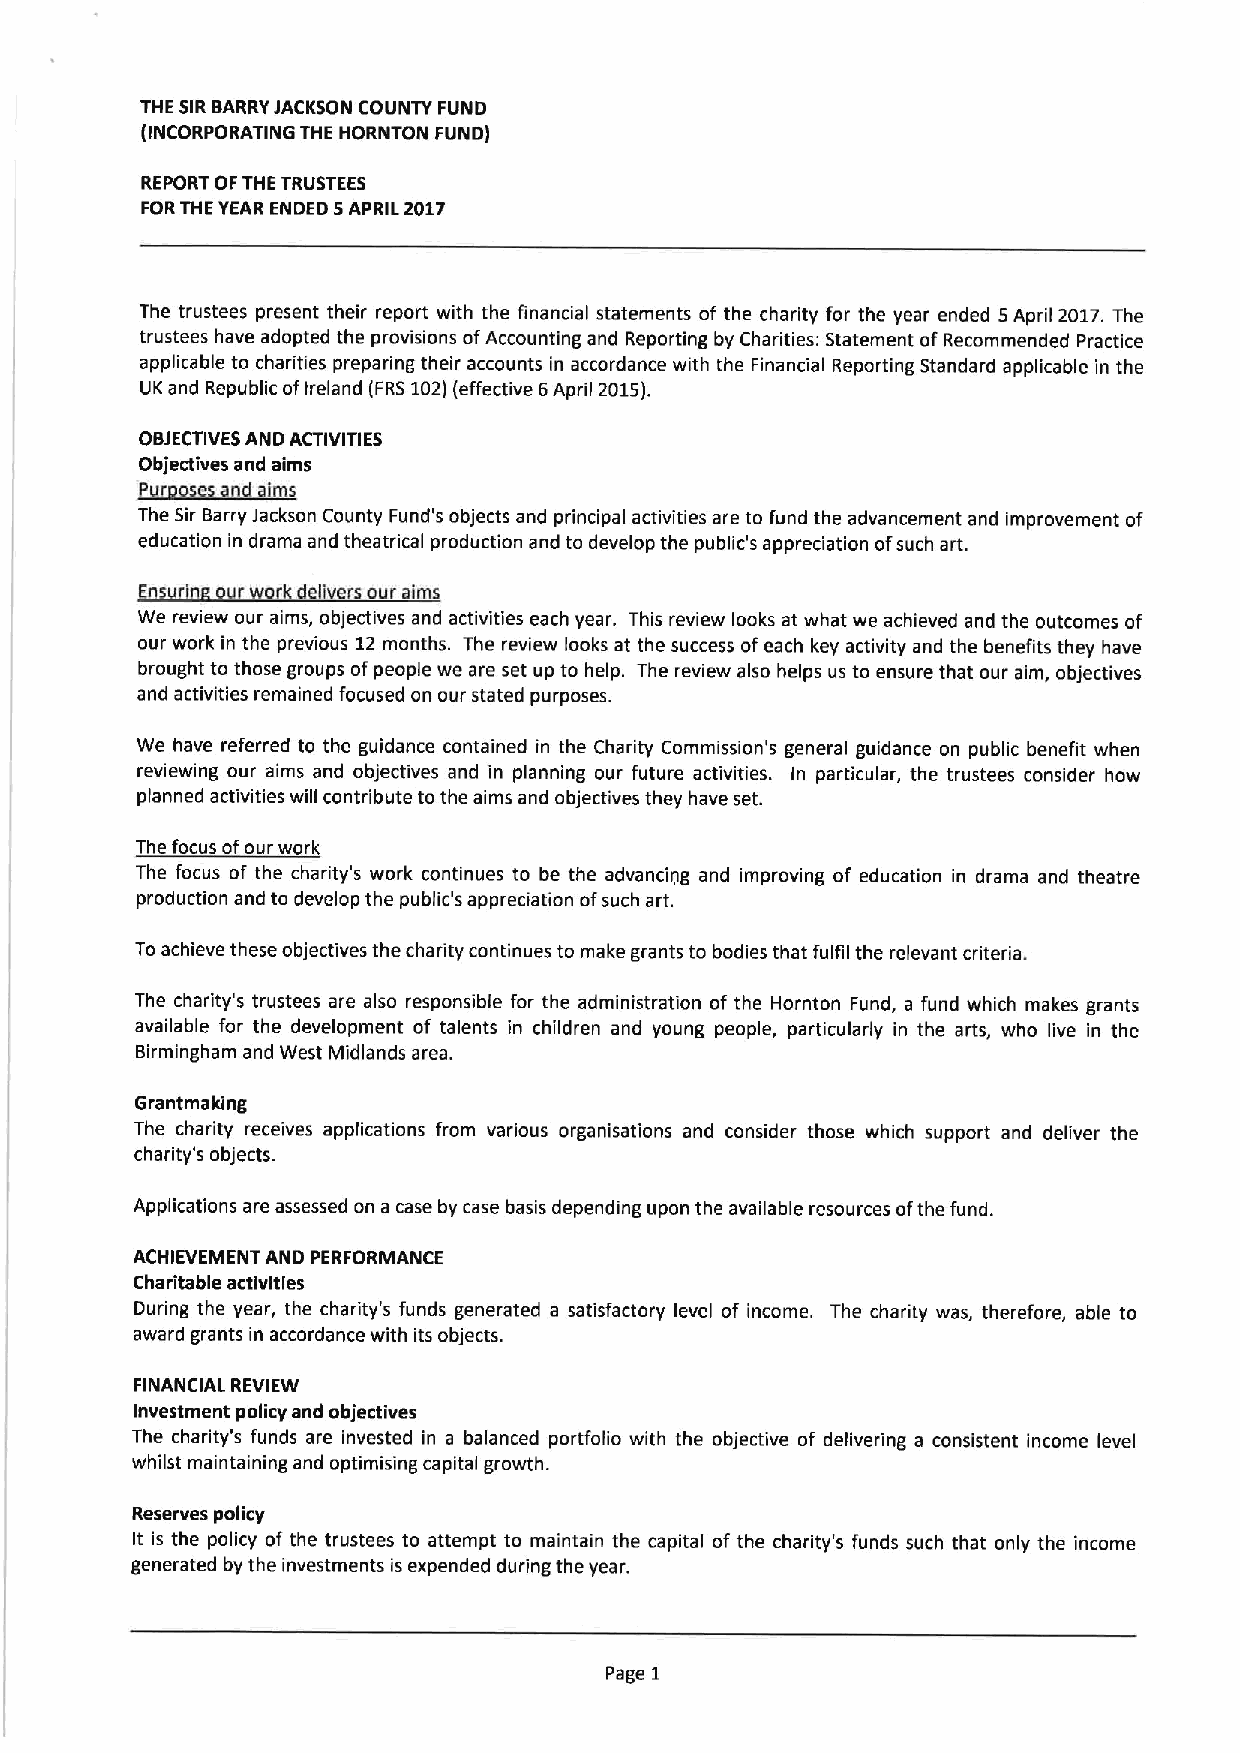
THE SIRBARRYJACKSON COUNTY FUND
 (INCORPORATING THE HORNTON FUND)
 REPORT OFTHE TRUSTEES
 FORTHE YEAR ENDED SAPRIL 2017
 The trustees present their report with the financial statements of the charity for the year ended 5April 2017.The
 trustees have adopted the provisions ofAccounting and Reporting by Charities: Statement ofRecommended Practice
 applicable to charities preparing their accounts in accordance with the Financial Reporting Standard applicable in the
 UK and Republic ofIreland (FRS102)(effective 6April 2015).
 OBJECTIVESAND ACTIVITIES
 ~Pd
 Objectives and aims
 The Sir Barry Jackson County Fund's objects and principal activities are to fund the advancement and improvement of
 education in drama and theatrical production and to develop the public's appreciation ofsuch art.
 Ensurin our work del'vers our aims
 We review our aims, objectives and activities each year. This review looks at what we achieved and the outcomes of
 our work in the previous 12 months. The review looks at the success ofeach key activity and the benefits they have
 brought to those groups ofpeople we are set up to help. The review also helps us to ensure that our aim, objectives
 and activities remained focused on our stated purposes.
 We have referred to the guidance contained in the Charity Commission's general guidance on public benefit when
 reviewing our aims and objectives and in planning our future activities. In particular, the trustees consider how
 planned activities will contribute to the aims and objectives they have set.
 The focus ofour work
 The focus of the charity's work continues to be the advancing and improving of education in drama and theatre
 production and to develop the public's appreciation ofsuch art.
 Toachieve these objectives the charity continues to make grants to bodies that fulfil the relevant criteria.
 The charity's trustees are also responsible for the administration of the Hornton Fund, a fund which makes grants
 available for the development of talents in children and young people, particularly in the arts, who live in the
 Birmingham and West Midlands area.
 Grantmaking
 The charity receives applications from various organisations and consider those which support and deliver the
 charity's objects.
 Applications are assessed on a case by case basis depending upon the available resources ofthe fund.
 ACHIEVEMENT AND PERFORMANCE
 Charitable activities
 During the year, the charity's funds generated a satisfactory level of income. The charity was, therefore, able to
 award grants in accordance with its objects.
 FINANCIAL REVIEW
 Investment policy and objectives
 The charity's funds are invested in a balanced portfolio with the objective of delivering a consistent income level
 whilst maintaining and optimising capital growth.
 Reserves policy
 It is the policy of the trustees to attempt to maintain the capital of the charity's funds such that only the income
 generated by the investments is expended during the year.
 Page 1